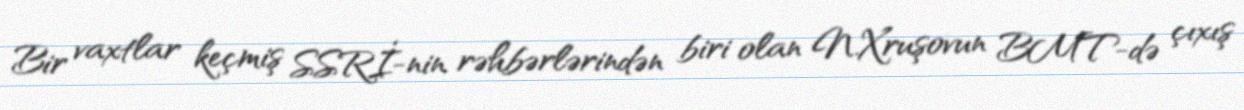
Bir vaxtlar keçmiş SSRİ-nin rəhbərlərindən biri olan N.Xruşovun BMT-də çıxış